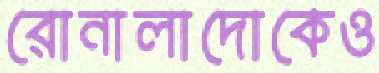
রোনালাদোকেও